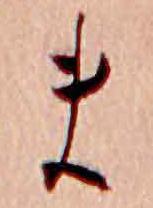
ま